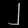
Digit: ၂